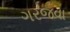
ગરજવા